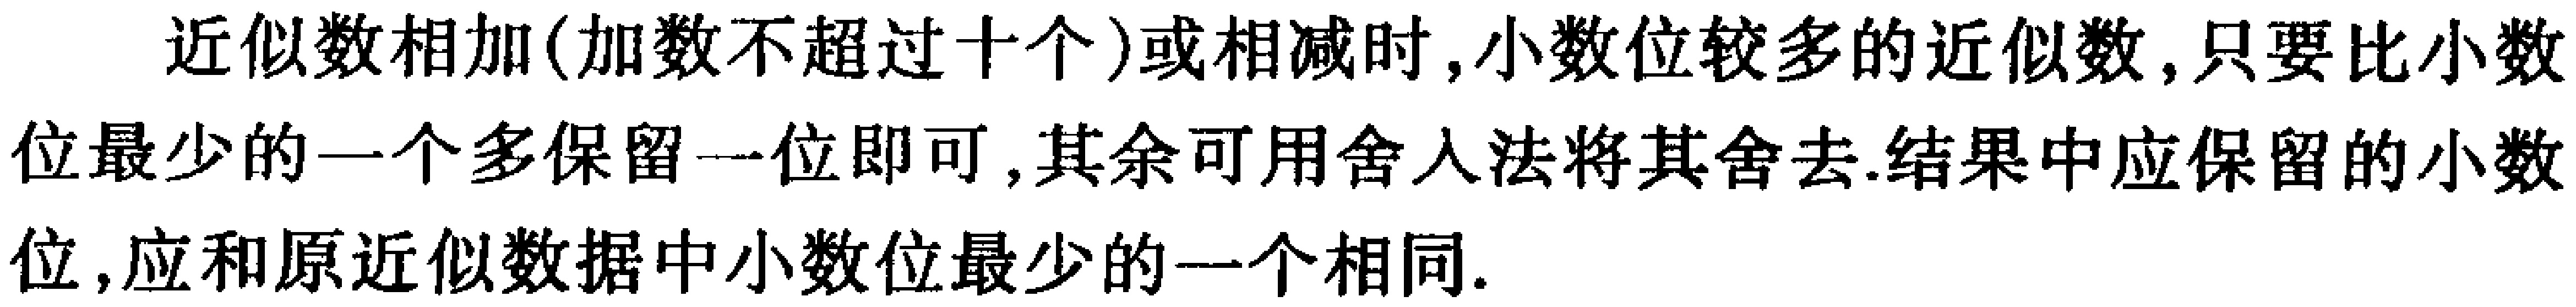
近似数相加(加数不超过十个)或相减时,小数位较多的近似数,只要比小数位最少的一个多保留一位即可,其余可用舍入法将其舍去.结果中应保留的小数位,应和原近似数据中小数位最少的一个相同.